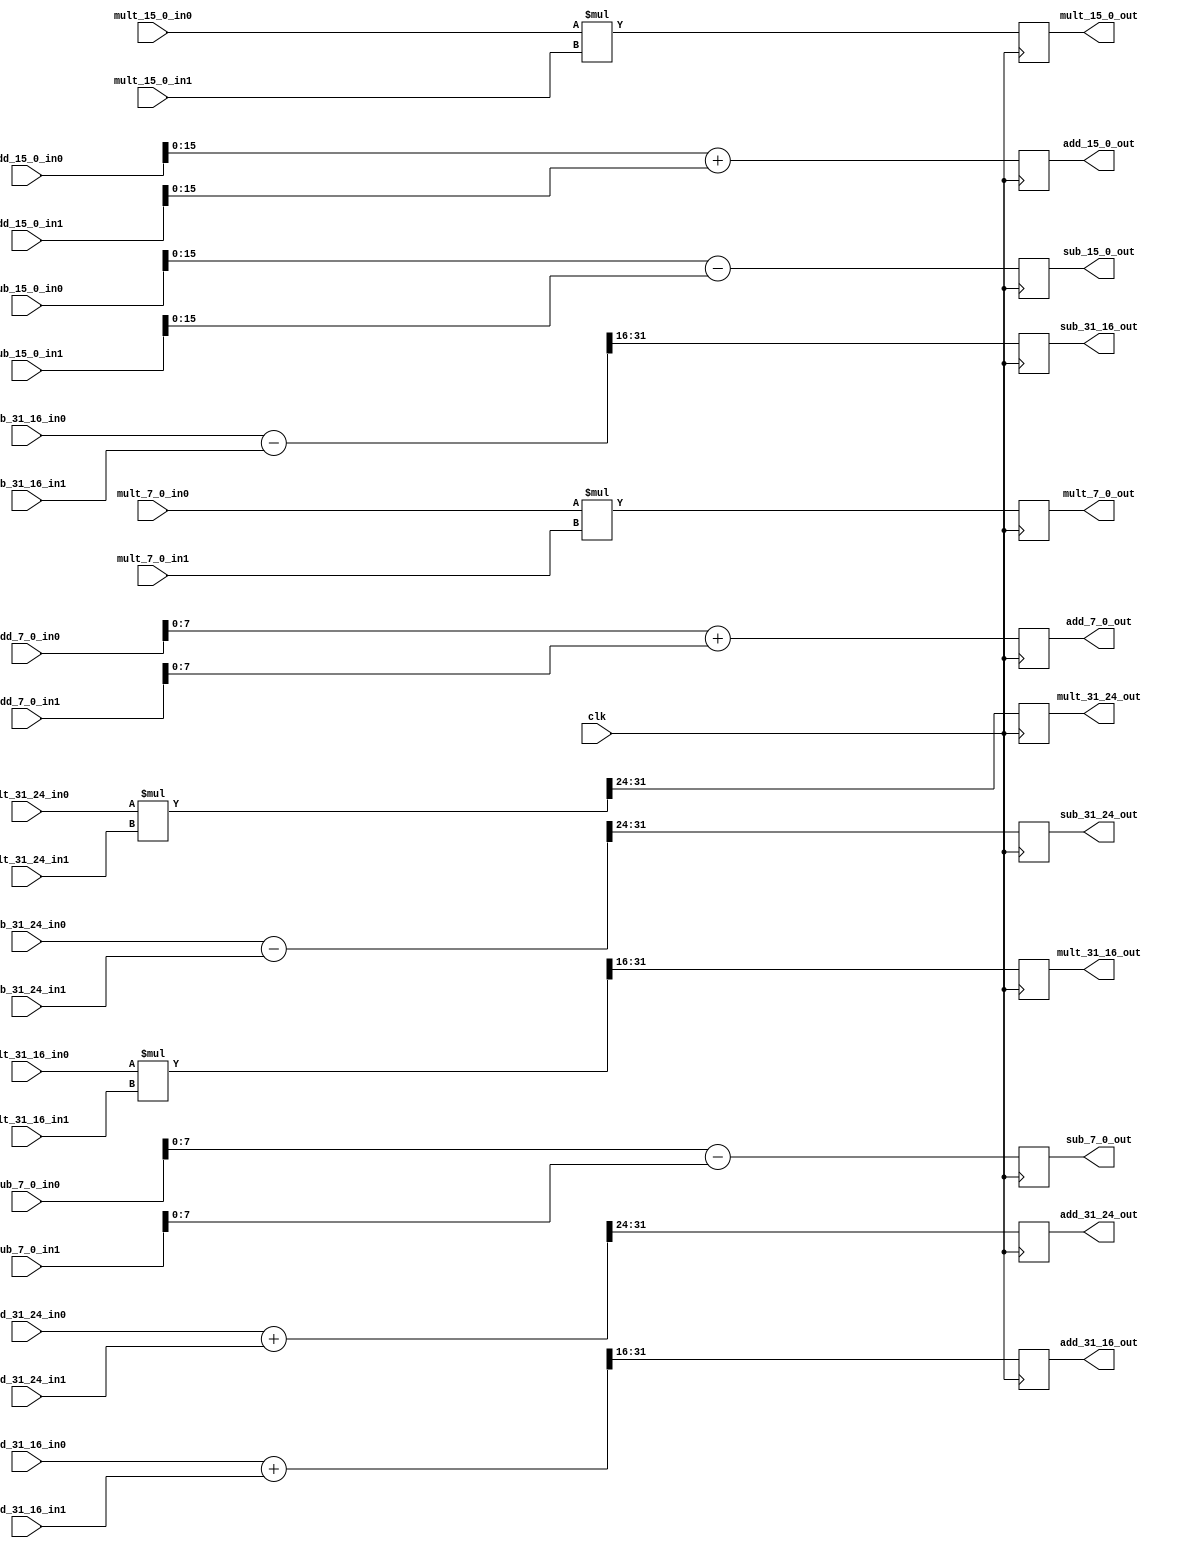
module bm_arithmetic_unused_bits(clk,
	add_31_16_in0, add_31_16_in1, add_31_16_out,
	add_15_0_in0, add_15_0_in1, add_15_0_out,
	add_31_24_in0, add_31_24_in1, add_31_24_out,
	add_7_0_in0, add_7_0_in1, add_7_0_out,
	sub_31_16_in0, sub_31_16_in1, sub_31_16_out,
	sub_15_0_in0, sub_15_0_in1, sub_15_0_out,
	sub_31_24_in0, sub_31_24_in1, sub_31_24_out,
	sub_7_0_in0, sub_7_0_in1, sub_7_0_out,
	mult_31_16_in0, mult_31_16_in1, mult_31_16_out,
	mult_15_0_in0, mult_15_0_in1, mult_15_0_out,
	mult_31_24_in0, mult_31_24_in1, mult_31_24_out,
	mult_7_0_in0, mult_7_0_in1, mult_7_0_out
);

input clk;
input [31:0] add_31_16_in0, add_31_16_in1;
output [15:0] add_31_16_out;
input [31:0] add_15_0_in0, add_15_0_in1;
output [15:0] add_15_0_out;
input [31:0] add_31_24_in0, add_31_24_in1;
output [7:0] add_31_24_out;
input [31:0] add_7_0_in0, add_7_0_in1;
output [7:0] add_7_0_out;
input [31:0] sub_31_16_in0, sub_31_16_in1;
output [15:0] sub_31_16_out;
input [31:0] sub_15_0_in0, sub_15_0_in1;
output [15:0] sub_15_0_out;
input [31:0] sub_31_24_in0, sub_31_24_in1;
output [7:0] sub_31_24_out;
input [31:0] sub_7_0_in0, sub_7_0_in1;
output [7:0] sub_7_0_out;
input [31:0] mult_31_16_in0, mult_31_16_in1;
output [15:0] mult_31_16_out;
input [31:0] mult_15_0_in0, mult_15_0_in1;
output [15:0] mult_15_0_out;
input [31:0] mult_31_24_in0, mult_31_24_in1;
output [7:0] mult_31_24_out;
input [31:0] mult_7_0_in0, mult_7_0_in1;
output [7:0] mult_7_0_out;

wire [31:0] add_31_16_temp;
wire [31:0] add_15_0_temp;
wire [31:0] add_31_24_temp;
wire [31:0] add_7_0_temp;
wire [31:0] sub_31_16_temp;
wire [31:0] sub_15_0_temp;
wire [31:0] sub_31_24_temp;
wire [31:0] sub_7_0_temp;
wire [31:0] mult_31_16_temp;
wire [31:0] mult_15_0_temp;
wire [31:0] mult_31_24_temp;
wire [31:0] mult_7_0_temp;

assign add_31_16_temp = add_31_16_in0 + add_31_16_in1;
always @(posedge clk) add_31_16_out <= add_31_16_temp[31:16];

assign add_15_0_temp = add_15_0_in0 + add_15_0_in1;
always @(posedge clk) add_15_0_out <= add_15_0_temp[15:0];

assign add_31_24_temp = add_31_24_in0 + add_31_24_in1;
always @(posedge clk) add_31_24_out <= add_31_24_temp[31:24];

assign add_7_0_temp = add_7_0_in0 + add_7_0_in1;
always @(posedge clk) add_7_0_out <= add_7_0_temp[7:0];

assign sub_31_16_temp = sub_31_16_in0 - sub_31_16_in1;
always @(posedge clk) sub_31_16_out <= sub_31_16_temp[31:16];

assign sub_15_0_temp = sub_15_0_in0 - sub_15_0_in1;
always @(posedge clk) sub_15_0_out <= sub_15_0_temp[15:0];

assign sub_31_24_temp = sub_31_24_in0 - sub_31_24_in1;
always @(posedge clk) sub_31_24_out <= sub_31_24_temp[31:24];

assign sub_7_0_temp = sub_7_0_in0 - sub_7_0_in1;
always @(posedge clk) sub_7_0_out <= sub_7_0_temp[7:0];

assign mult_31_16_temp = mult_31_16_in0 * mult_31_16_in1;
always @(posedge clk) mult_31_16_out <= mult_31_16_temp[31:16];

assign mult_15_0_temp = mult_15_0_in0 * mult_15_0_in1;
always @(posedge clk) mult_15_0_out <= mult_15_0_temp[15:0];

assign mult_31_24_temp = mult_31_24_in0 * mult_31_24_in1;
always @(posedge clk) mult_31_24_out <= mult_31_24_temp[31:24];

assign mult_7_0_temp = mult_7_0_in0 * mult_7_0_in1;
always @(posedge clk) mult_7_0_out <= mult_7_0_temp[7:0];

endmodule